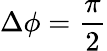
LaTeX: \Delta\phi=\frac{\pi}{2}